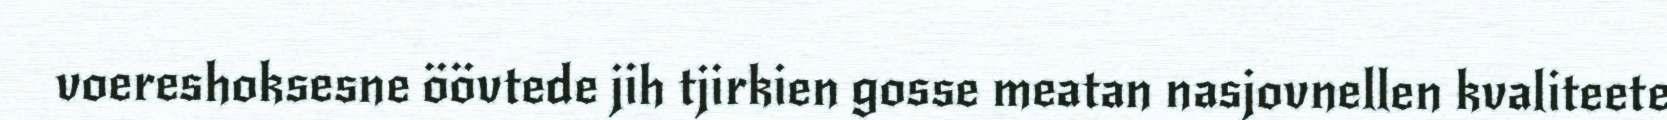
voereshoksesne öövtede jih tjirkien gosse meatan nasjovnellen kvaliteete